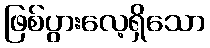
ဖြစ်ပွားလေ့ရှိသော